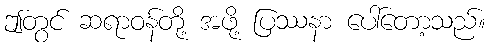
ဤတွင် ဆရာဝန်တို့ အဖို့ ပြဿနာ ပေါ်တော့သည်။